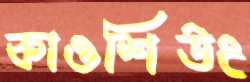
কাওশিউং